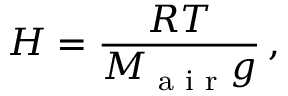
H = \frac { R T } { M _ { \textrm { a i r } } g } \, ,